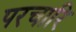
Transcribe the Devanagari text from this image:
परचारि